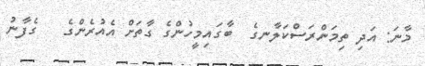
މާނަ: އަދި ތިމަންރަސްކަލާނގެ  ބާގައިމީހުންގެ ގާތަށް އެއުރެންގެ   ގެފާނު